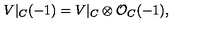
V | _ { C } ( - 1 ) = V | _ { C } \otimes { \cal O } _ { C } ( - 1 ) ,